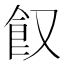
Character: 𩚄